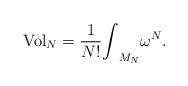
LaTeX: \begin{align*}{\rm{Vol}}_{N}=\frac{1}{N!}{\int}_{M_{N}} \omega^{N} .\end{align*}